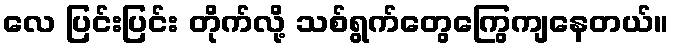
လေ ပြင်းပြင်း တိုက်လို့ သစ်ရွက်တွေကြွေကျနေတယ်။